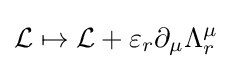
{\mathcal {L}}\mapsto {\mathcal {L}}+\varepsilon _{r}\partial _{\mu }\Lambda _{r}^{\mu }